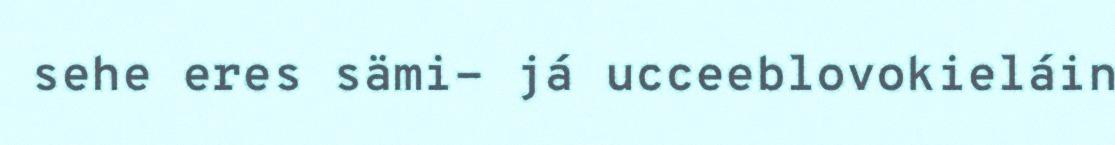
sehe eres sämi- já ucceeblovokieláin